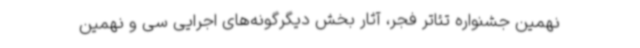
نهمین جشنواره تئاتر فجر، آثار بخش دیگرگونه‌های اجرایی سی و نهمین